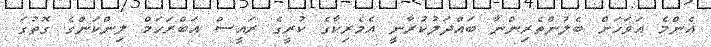
އެންމެ އަވަހަށް ބެލުންތެރިންނާ ބައްދަލުކުރާނީ އެމެރިކާގެ ކުރީގެ ރައީސް އަބްރަހަމް ލިންކަންގެ ގޮތުގަ